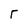
Character: F